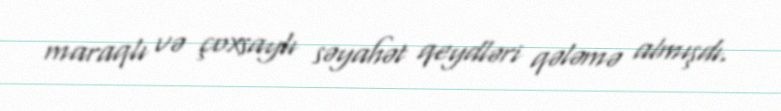
maraqlı və çoxsaylı səyahət qeydləri qələmə almışdı.